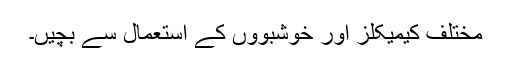
مختلف کیمیکلز اور خوشبوؤں کے استعمال سے بچیں۔